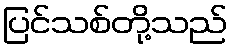
ပြင်သစ်တို့သည်